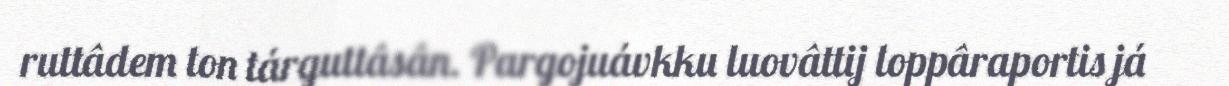
ruttâdem ton tárguttâsân. Pargojuávkku luovâttij loppâraportis já